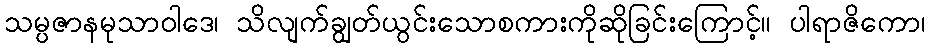
သမ္ပဇာနမုသာဝါဒေ၊ သိလျက်ချွတ်ယွင်းသောစကားကိုဆိုခြင်းကြောင့်။ ပါရာဇိကော၊